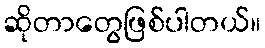
ဆိုတာတွေဖြစ်ပါတယ်။